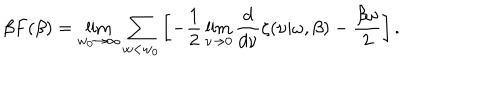
LaTeX: \beta F ( \beta ) = \lim _ { w _ { 0 } \rightarrow \infty } \sum _ { w < w _ { 0 } } \left[ - \frac 1 2 \lim _ { \nu \rightarrow 0 } { \frac { d } { d \nu } } \zeta ( \nu | \omega , \beta ) - { \frac { \beta \omega } { 2 } } \right] .